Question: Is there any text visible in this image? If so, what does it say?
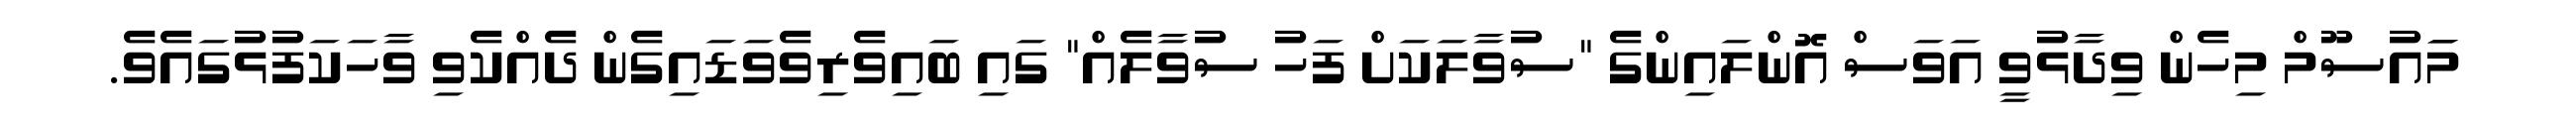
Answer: މަައުސޫމް މިހެން ވިދާޅުވީ އަވަސް އޮންލައިންގެ "ސުވާލަކަށް ފަހު ސުވާލެއް" ގައި ބައިވެރިވެވަޑައިގެން ދެއްކެވި ވާހަކަފުޅުގައެވެ.